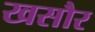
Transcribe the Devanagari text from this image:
खसौर